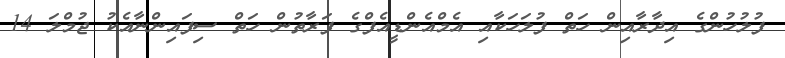
ފުލުހުންގެ އިދާރާއިން ހަތް ފުލަހަކާއި އެމްއެންޑީއެފްގެ ފަރާތުން ހަތް ސިފައިންނާއެކު ޖުމްލަ 14